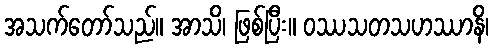
အသက်တော်သည်။ အာသိ၊ ဖြစ်ပြီး။ ဝဿသတသဟဿာနိ၊